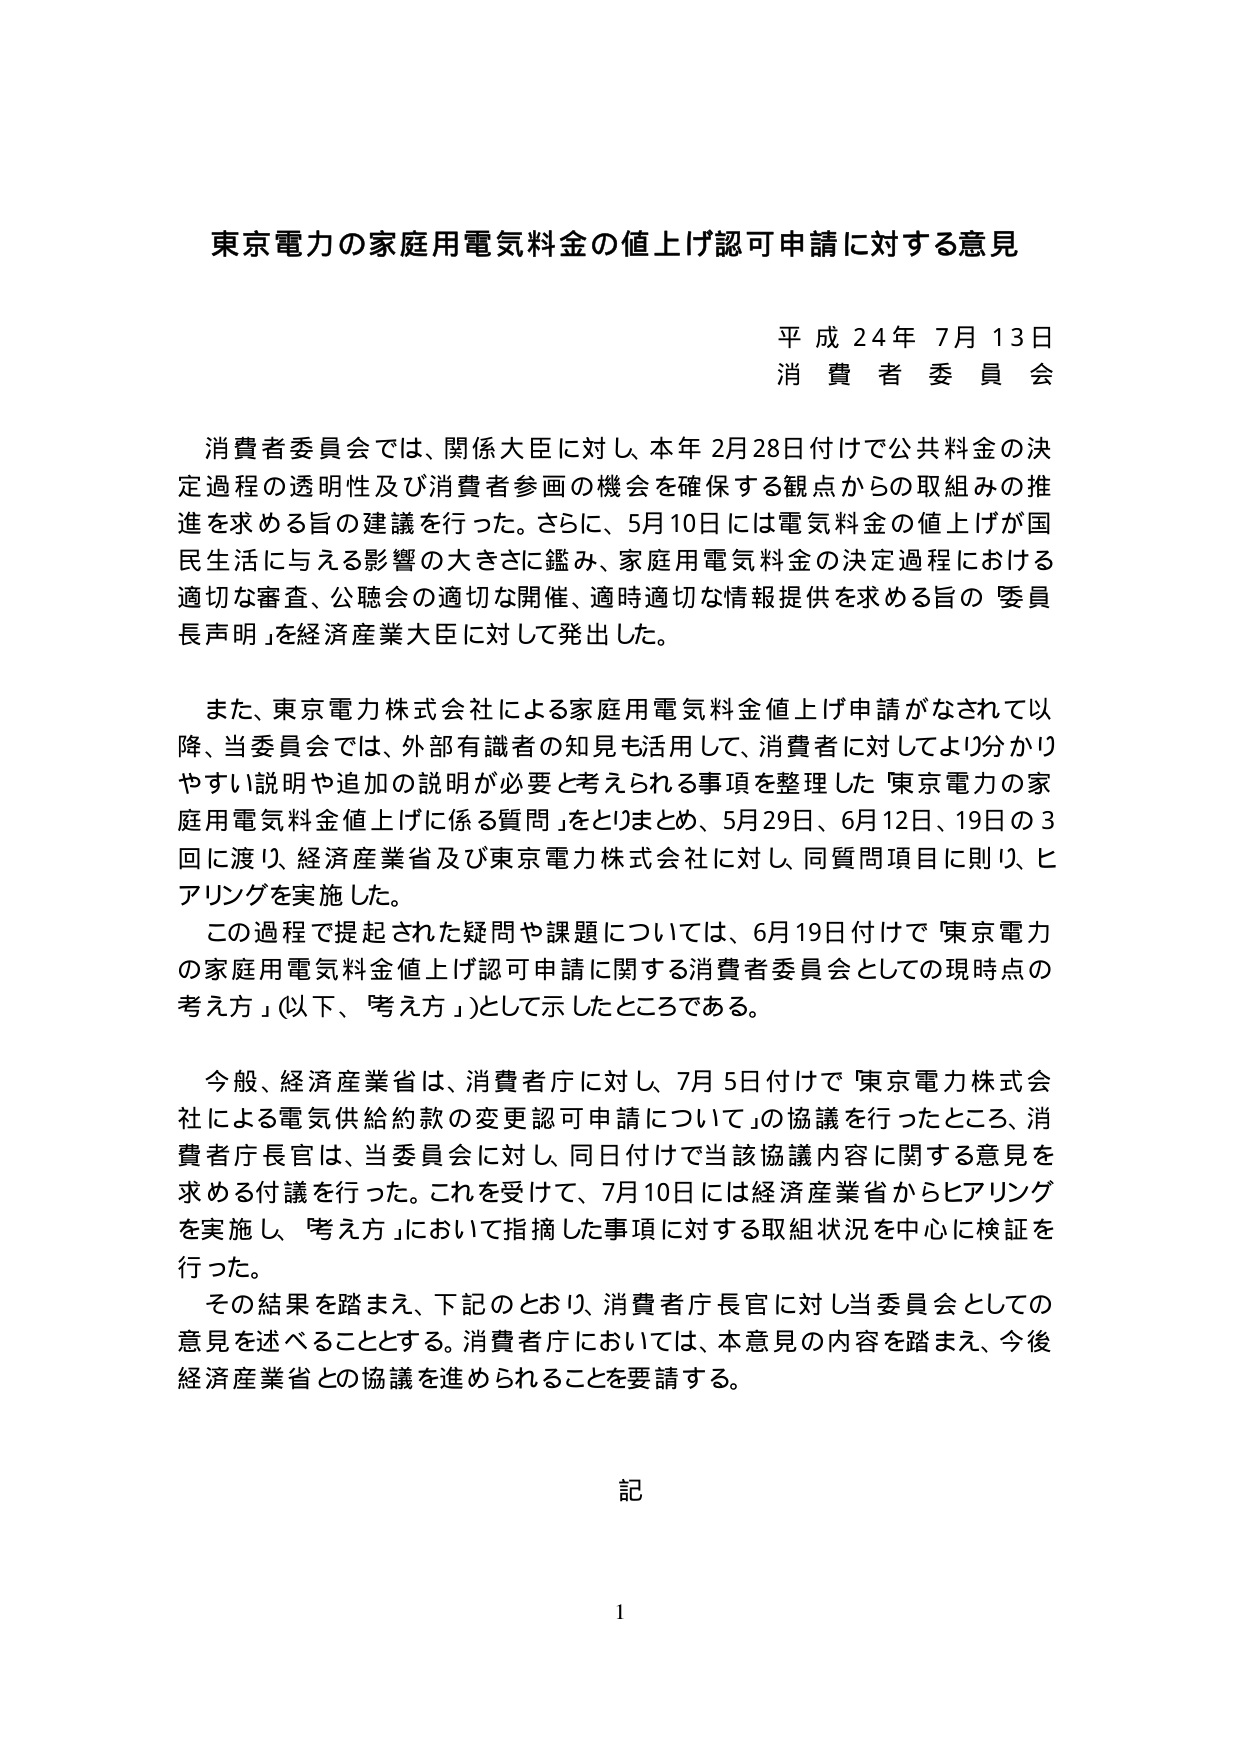
東京電力の家庭用電気料金の値上げ認可申請に対する意見

平成24年7月13日
消費者委員会

消費者委員会では、関係大臣に対し、本年2月28日付けで公共料金の決定過程の透明性及び消費者参画の機会を確保する観点からの取組みの推進を求める旨の建議を行った。さらに、5月10日には電気料金の値上げが国民生活に与える影響の大きさに鑑み、家庭用電気料金の決定過程における適切な審査、公聴会の適切な開催、適時適切な情報提供を求める旨の「委員長声明」を経済産業大臣に対して発出した。

また、東京電力株式会社による家庭用電気料金値上げ申請がなされて以降、当委員会では、外部有識者の知見も活用して、消費者に対してより分かりやすい説明や追加の説明が必要と考えられる事項を整理した「東京電力の家庭用電気料金値上げに係る質問」をとりまとめ、5月29日、6月12日、19日の3回に渡り、経済産業省及び東京電力株式会社に対し、同質問項目に則り、ヒアリングを実施した。

この過程で提起された疑問や課題については、6月19日付けで「東京電力の家庭用電気料金値上げ認可申請に関する消費者委員会としての現時点の考え方」（以下、「考え方」）として示したところである。

今般、経済産業省は、消費者庁に対し、7月5日付けで「東京電力株式会社による電気供給約款の変更認可申請について」の協議を行ったところ、消費者庁長官は、当委員会に対し、同日付けで当該協議内容に関する意見を求める付議を行った。これを受けて、7月10日には経済産業省からヒアリングを実施し、「考え方」において指摘した事項に対する取組状況を中心に検証を行った。

その結果を踏まえ、下記のとおり、消費者庁長官に対し当委員会としての意見を述べることとする。消費者庁においては、本意見の内容を踏まえ、今後経済産業省との協議を進められることを要請する。

記

1